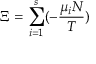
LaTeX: \Xi = \sum _ { i = 1 } ^ { s } ( - { \frac { \mu _ { i } N } { T } } )